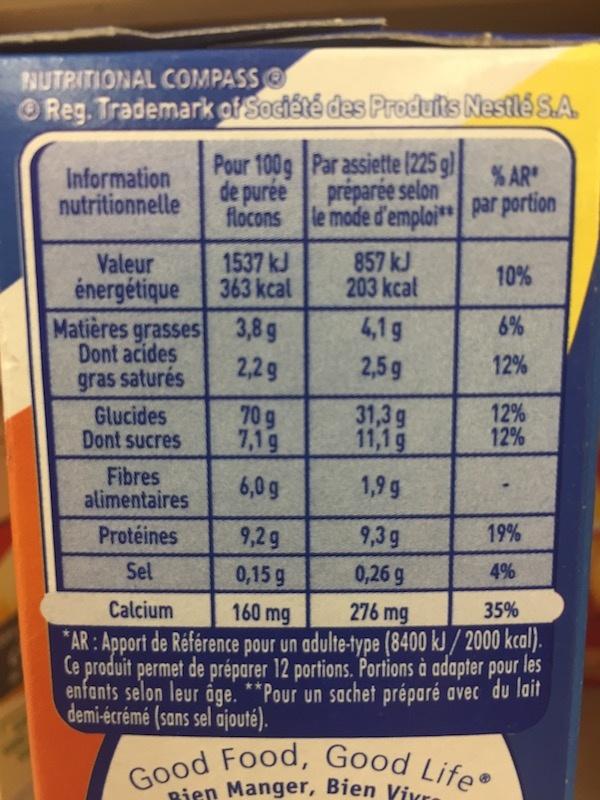
NUTRITIONAL COMPASS
Reg. Trademark of Société des Produits Nestlé S.A.
Information nutritionnelle
Valeur
énergétique
Matières grasses Dont acides gras saturés
Glucides Dont sucres
Fibres alimentaires
Protéines
Sel
Pour 100g Par assiette (225 g) préparée selon
de purée flocons
1537 kJ
363 kcal
3,8 g
2,2 g
70 9
7,19
6,0 g
% AR
le mode d'emploi par portion
857 kJ
203 kcal
4,1g
2,5g
31,3 g
11,1 g
1,9 g
10%
6%
12%
Life
12%
12%
19%
9,2 g
9,3 g
0,15 g
0,26 g
4%
Calcium
35%
160 mg
276 mg
*AR: Apport de Référence pour un adulte-type (8400 kJ/2000 kcal). Ce produit permet de préparer 12 portions. Portions à adapter pour les enfants selon leur âge. **Pour un sachet préparé avec du lait demi-écrémé (sans sel ajouté).
Good Food, Good Bien Manger, Bien Vikra